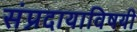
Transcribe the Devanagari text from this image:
संप्रदायाविषयी